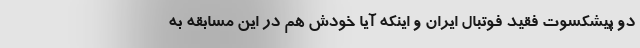
دو پیشکسوت فقید فوتبال ایران و اینکه آیا خودش هم در این مسابقه به